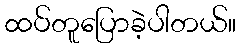
ထပ်တူပြောခဲ့ပါတယ်။